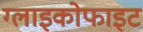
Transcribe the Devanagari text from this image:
ग्लाइकोफाइट